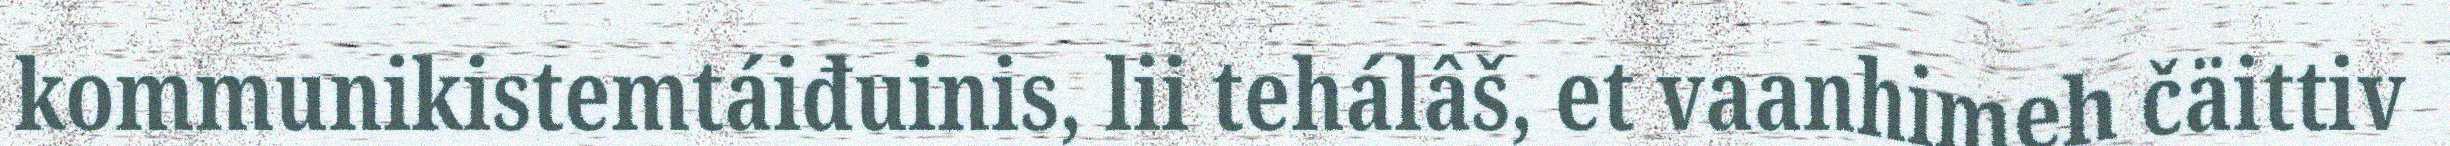
kommunikistemtáiđuinis, lii tehálâš, et vaanhimeh čäittiv